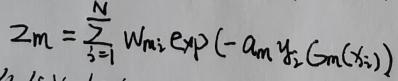
$z_m = \sum_{i=1}^{N} w_{mi} \exp \left( - \alpha_m y_{f_2} G_m(x_i) \right)$